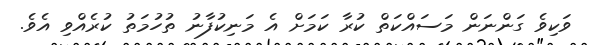
ވަކިވެ ގަންނަން މަސައްކަތް ކުރާ ކަމަށް އެ މަނިކުފާނު ތުހުމަތު ކުރެއްވި އެވެ.